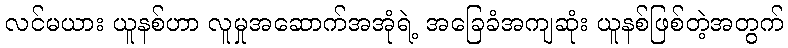
လင်မယား ယူနစ်ဟာ လူမှုအဆောက်အအုံရဲ့ အခြေခံအကျဆုံး ယူနစ်ဖြစ်တဲ့အတွက်